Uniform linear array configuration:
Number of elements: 16
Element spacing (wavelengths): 0.5
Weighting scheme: binomial
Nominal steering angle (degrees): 15
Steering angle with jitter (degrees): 14.218
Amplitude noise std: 0.05
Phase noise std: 0.05

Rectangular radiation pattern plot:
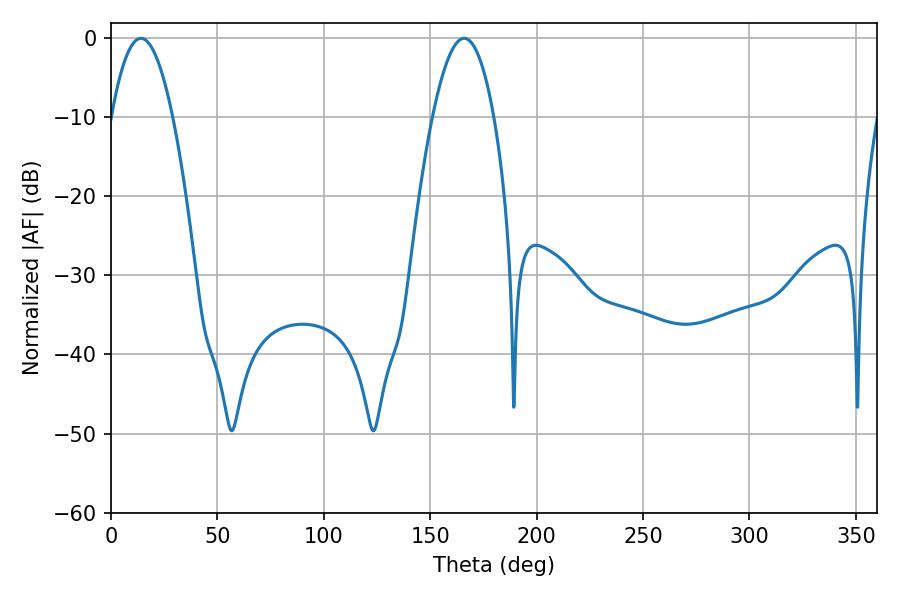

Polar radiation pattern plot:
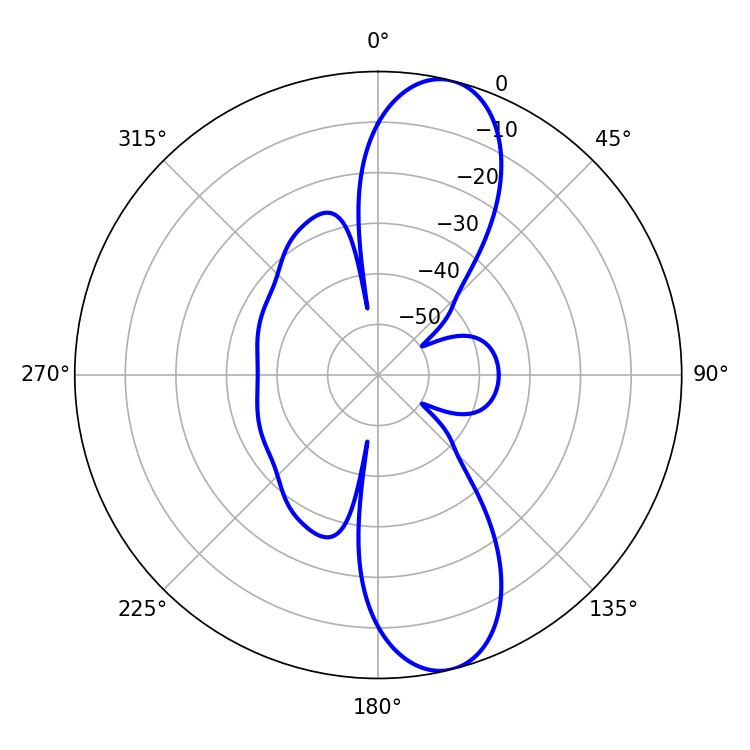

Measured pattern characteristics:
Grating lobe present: FALSE
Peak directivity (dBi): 11.403
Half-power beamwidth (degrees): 15.84
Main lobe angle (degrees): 14.04